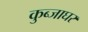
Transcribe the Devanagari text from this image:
कुब्जाघर